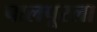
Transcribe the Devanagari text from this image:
पालपूरला